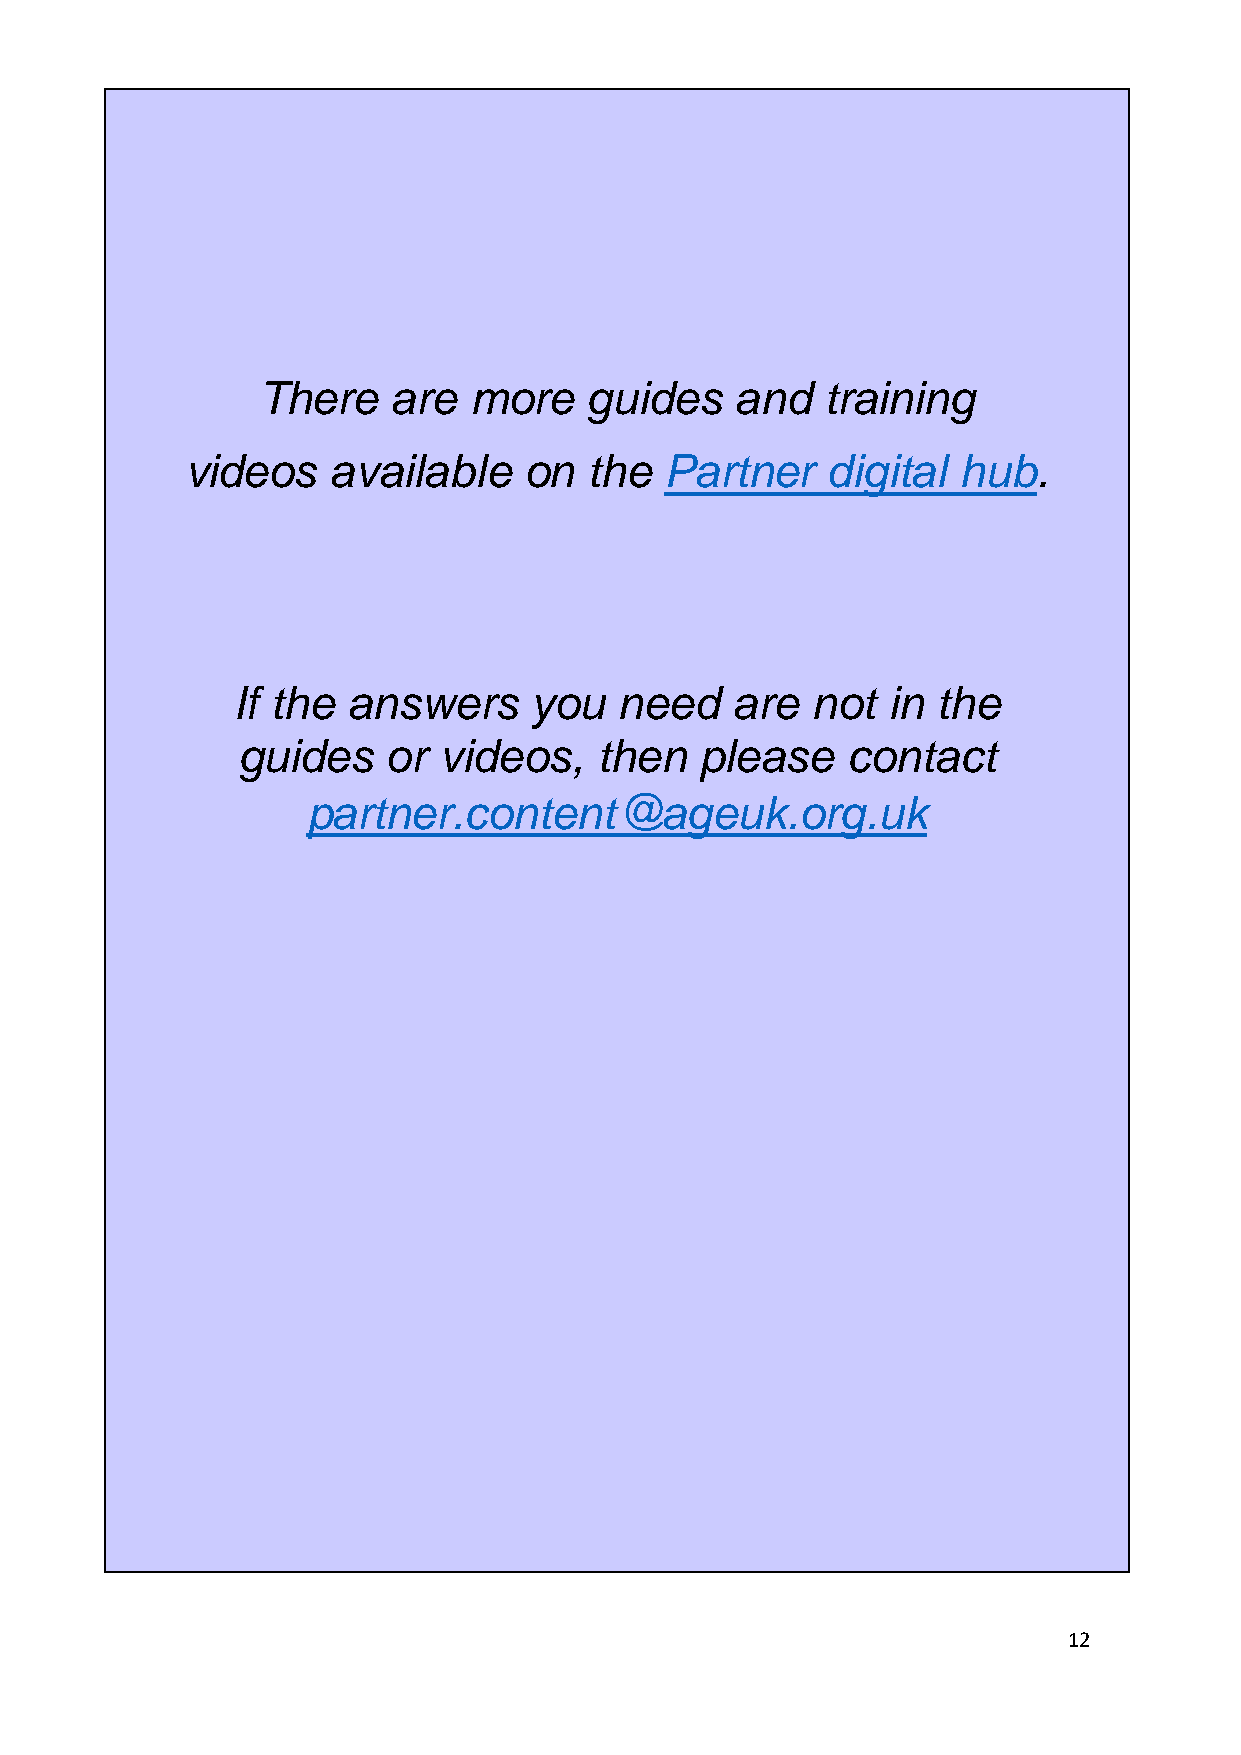
There    are  more    guides    and   training
 videos    available    on  the  Partner    digital  hub.
 If the  answers     you   need   are   not  in the
 guides    or videos,    then  please    contact
 partner.content@ageuk.org.uk
 12